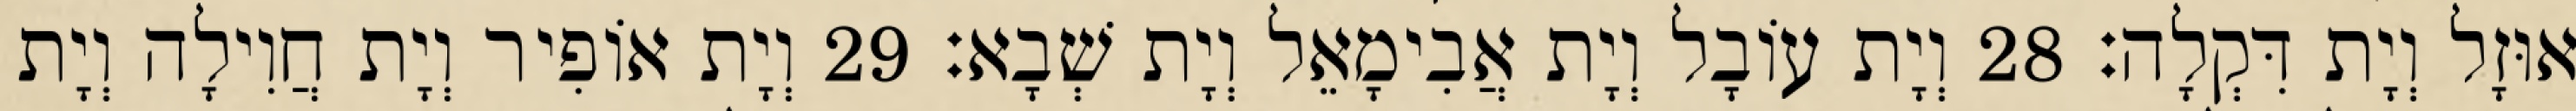
אוּזָל וְיָת דִּקְלָה׃ 28 וְיָת עוֹבָל וְיָת אֲבִימָאֵל וְיָת שְׁבָא׃ 29 וְיָת אוֹפִיר וְיָת חֲוִילָה וְיָת